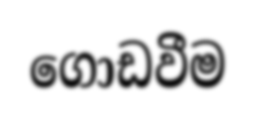
ගොඩවීම